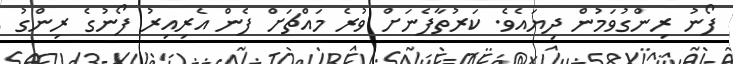
ފޯނު ރިންގުވަމުން ދިޔައެވެ. ކަރުތާފެނަށް ވުރެ މައްޗަށް ފެން އެރިއިރު ފޯނުގެ ރިންގު